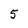
Character: 5